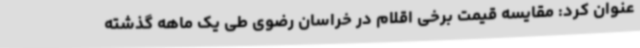
عنوان کرد: مقایسه قیمت برخی اقلام در خراسان رضوی طی یک ماهه گذشته